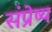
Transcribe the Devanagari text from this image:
संप्रेष्य